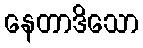
နေတာဒိသော